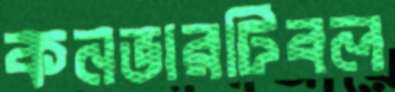
কনভারটিবল